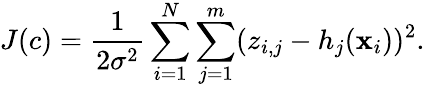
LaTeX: J(c)=\frac{1}{2\sigma^{2}}\sum_{i=1}^{N}\sum_{j=1}^{m}(z_{i,j}-h_{j}(\mathbf{x}_{i}))^{2}.